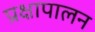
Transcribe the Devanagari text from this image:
प्रक्षापालन